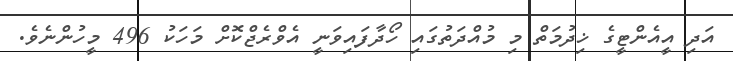
އަދި އީއެންޓީގެ ޚިދުމަތް މި މުއްދަތުގައި ހޯދާފައިވަނީ އެވްރެޖްކޮށް މަހަކު 496 މީހުންނެވެ.